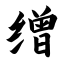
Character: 缯